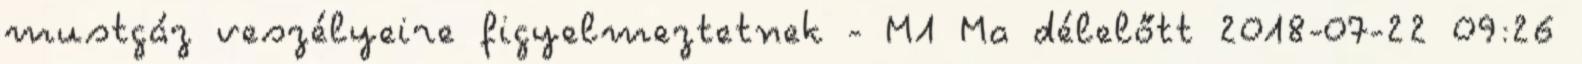
mustgáz veszélyeire figyelmeztetnek - M1 Ma délelőtt 2018-07-22 09:26